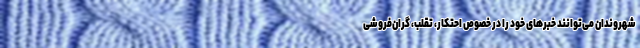
شهروندان می‌توانند خبرهای خود را در خصوص احتکار، تقلب، گران‌فروشی